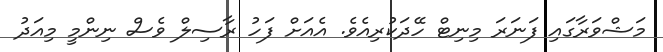
މަޝްވަރާގައި ފަނަރަ މިނިޓް ހޭދަކުރިއެވެ. އެއަށް ފަހު ރާސިލް ވެސް ނިންމީ މިއަދު